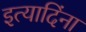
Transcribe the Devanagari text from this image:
इत्यादिंना